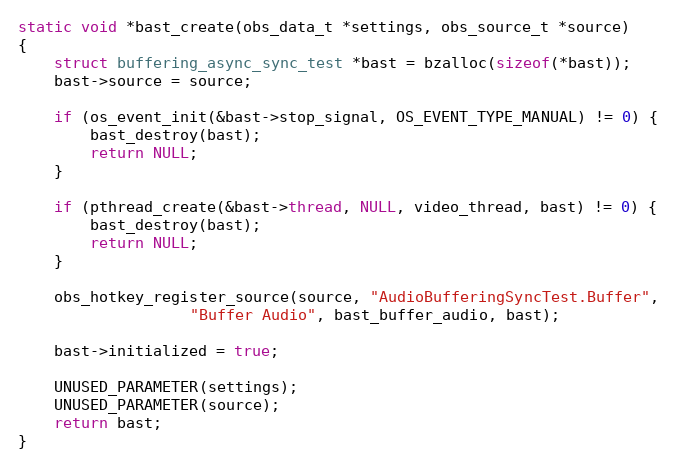
Language: C
static void *bast_create(obs_data_t *settings, obs_source_t *source)
{
	struct buffering_async_sync_test *bast = bzalloc(sizeof(*bast));
	bast->source = source;

	if (os_event_init(&bast->stop_signal, OS_EVENT_TYPE_MANUAL) != 0) {
		bast_destroy(bast);
		return NULL;
	}

	if (pthread_create(&bast->thread, NULL, video_thread, bast) != 0) {
		bast_destroy(bast);
		return NULL;
	}

	obs_hotkey_register_source(source, "AudioBufferingSyncTest.Buffer",
				   "Buffer Audio", bast_buffer_audio, bast);

	bast->initialized = true;

	UNUSED_PARAMETER(settings);
	UNUSED_PARAMETER(source);
	return bast;
}